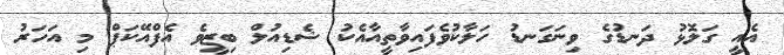
އެއީ ގަލޮޅު ދަނޑުގެ ވިނަގަނޑު ހަލާކުވެފައިވާތީއާއެކު ޝެޑިއުލް ބިޒީވެ އެފްއޭކަޕް މި އަހަރު